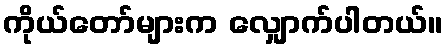
ကိုယ်တော်များက လျှောက်ပါတယ်။